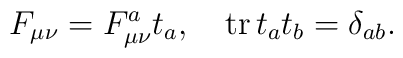
F_{\mu\nu}=F^a_{\mu\nu} t_a,\quad \ensuremath{\mathop{\rm tr}\nolimits} t_at_b =\delta_{ab}.